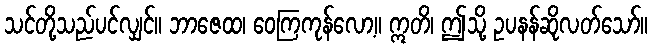
သင်တို့သည်ပင်လျှင်။ ဘာဇေထ၊ ဝေကြကုန်လော့။ ဣတိ၊ ဤသို့ ဥပနန်ဆိုလတ်သော်။